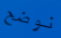
نوضح